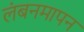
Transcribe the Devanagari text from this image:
लंबनमापन